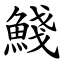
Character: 䱠